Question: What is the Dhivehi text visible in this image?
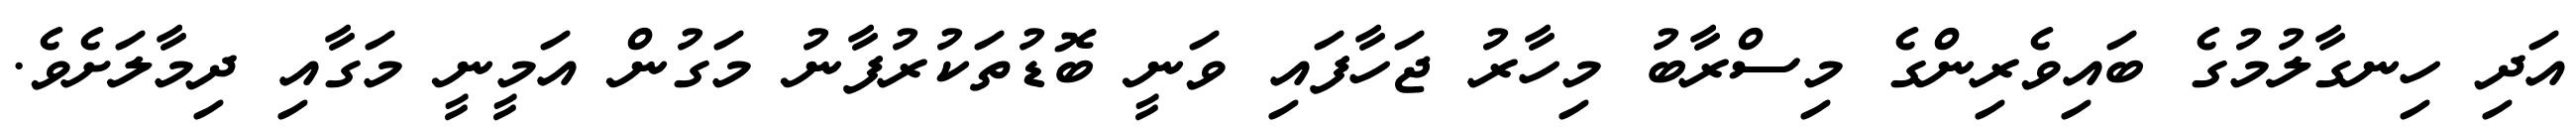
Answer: އަދި ހިނގާލުމުގެ ބައިވެރިންގެ މިސްރާބު މިހާރު ޖަހާފައި ވަނީ ބޮޑުތަކުރުފާނު މަގުން އަމީނީ މަގާއި ދިމާލަށެވެ.